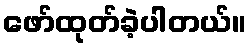
ဖော်ထုတ်ခဲ့ပါတယ်။